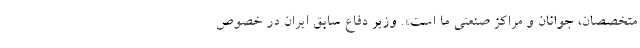
متخصصان، جوانان و مراکز صنعتی ما است». وزیر دفاع سابق ایران در خصوص